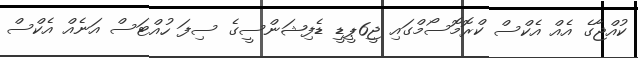
ކުއްޖާގެ އެއް އެކްސް ކްރޮމޮސޯމްގައި ޖީ6ޕީޑީ ޑެފިޝަންސީގެ ސިފަ ހުއްޓަސް އަނެއް އެކްސް